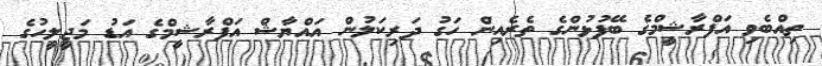
ތިއްބެވި އަފްރާޝީމްގެ ބޭފުޅުންގެ ތެރެއިން ހަގު ދަރިކަލުން އައްޔާޝް އަފްރާޝީމްގެ އަޑު މަޖީލީހުގެ